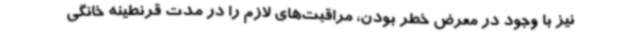
نیز با وجود در معرض خطر بودن، مراقبت‌های لازم را در مدت قرنطینه خانگی